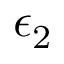
\epsilon _ { 2 }